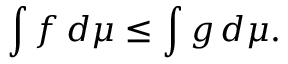
\int f \, d \mu \leq \int g \, d \mu .